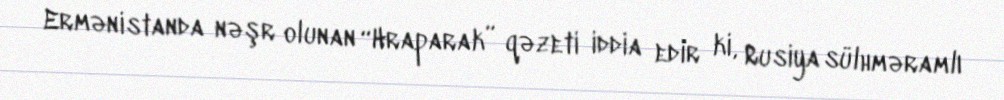
Ermənistanda nəşr olunan “Hraparak” qəzeti iddia edir ki, Rusiya sülhməramlı